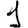
Digit: 1